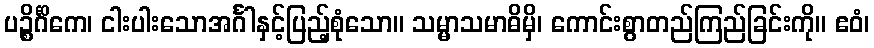
ပဉ္စိင်္ဂိကေ၊ ငါးပါးသောအင်္ဂါနှင့်ပြည့်စုံသော။ သမ္မာသမာဓိမှိ၊ ကောင်းစွာတည်ကြည်ခြင်းကို။ ဧဝံ၊